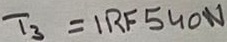
Text: T3=IRF540N